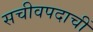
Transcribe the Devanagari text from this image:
सचीवपदाचीं